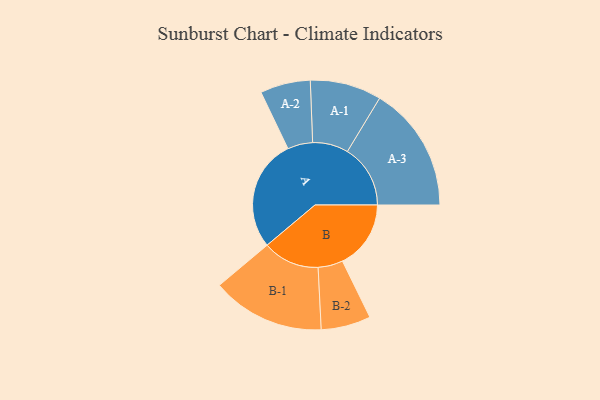
{"axis": {"x": "Segment", "y": "Value"}, "legend": ["", "A", "B"], "data": [{"x": "A", "y": 454, "type": ""}, {"x": "B", "y": 278, "type": ""}, {"x": "A-1", "y": 145, "type": "A"}, {"x": "A-2", "y": 102, "type": "A"}, {"x": "A-3", "y": 256, "type": "A"}, {"x": "B-1", "y": 230, "type": "B"}, {"x": "B-2", "y": 101, "type": "B"}]}